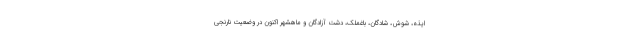
ایذه، شوش، شادگان، باغملک، دشت آزادگان و ماهشهر اکنون در وضعیت نارنجی